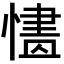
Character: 𢟸